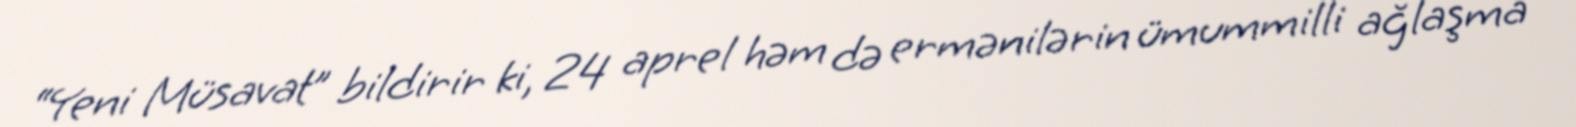
“Yeni Müsavat” bildirir ki, 24 aprel həm də ermənilərin ümummilli ağlaşma